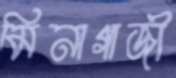
মিনাগাজী